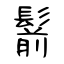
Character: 鬋